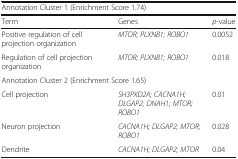
<table><thead><tr><td colspan="3"><b>Annotation Cluster 1 (Enrichment Score 1.74)</b></td></tr><tr><td><b>Term</b></td><td><b>Genes</b></td><td><b><i>p</i>-value</b></td></tr></thead><tbody><tr><td>Positive regulation of cell projection organization</td><td><i>MTOR; PLXNB1; ROBO1</i></td><td>0.0052</td></tr><tr><td>Regulation of cell projection organization</td><td><i>MTOR; PLXNB1; ROBO1</i></td><td>0.018</td></tr><tr><td colspan="3">Annotation Cluster 2 (Enrichment Score 1.65)</td></tr><tr><td>Cell projection</td><td><i>SH3PXD2A; CACNA1H; DLGAP2; DNAH1; MTOR; ROBO1</i></td><td>0.01</td></tr><tr><td>Neuron projection</td><td><i>CACNA1H; DLGAP2; MTOR; ROBO1</i></td><td>0.028</td></tr><tr><td>Dendrite</td><td><i>CACNA1H; DLGAP2; MTOR</i></td><td>0.04</td></tr></tbody></table>